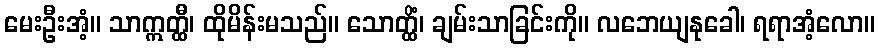
မေးဦးအံ့။ သာဣတ္ထီ၊ ထိုမိန်းမသည်။ သောတ္ထိံ၊ ချမ်းသာခြင်းကို။ လဘေယျနုခေါ၊ ရရာအံ့လော။